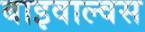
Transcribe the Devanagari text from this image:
बाइवाल्वस